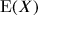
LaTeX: \operatorname { E } ( X )